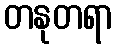
တနုတရာ